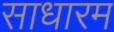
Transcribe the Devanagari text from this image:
साधारम